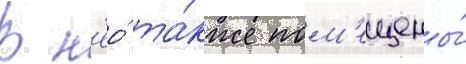
В н'ео́ та́кже пом'ещены́